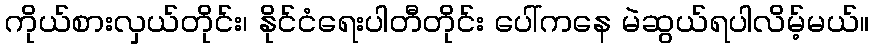
ကိုယ်စားလှယ်တိုင်း၊ နိုင်ငံရေးပါတီတိုင်း ပေါ်ကနေ မဲဆွယ်ရပါလိမ့်မယ်။